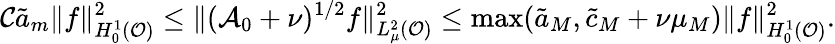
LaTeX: \mathcal{C}\tilde{a}_{m}\| f\| _{H_{0}^{1}(\mathcal{O})}^{2}\leq\Vert(\mathcal{A}_{0}+\nu)^{1/2}f\Vert_{L_{\mu}^{2}(\mathcal{O})}^{2}\leq\operatorname*{max}(\tilde{a}_{M},\tilde{c}_{M}+\nu\mu_{M})\| f\| _{H_{0}^{1}(\mathcal{O})}^{2}.